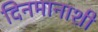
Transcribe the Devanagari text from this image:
दिनमानाशी